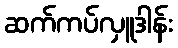
ဆက်ကပ်လှူဒါန်း